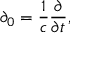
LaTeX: \partial _ { 0 } = \frac { 1 } { c } \frac { \partial } { \partial t } ,